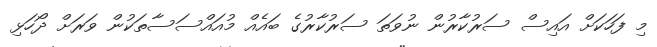
މި ފަހަަކަށް އައިސް ސަރުކާރުން ނުވަތަ ސަރުކާރުގެ ބައެއް މުއައްސަސާތަކުން ވަރަށް ދޯހަޅި